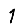
Digit: 1